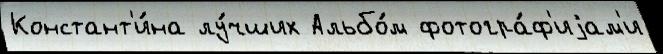
Констант'и́на лу́чших Альбо́м фотогра́ф'иjам'и